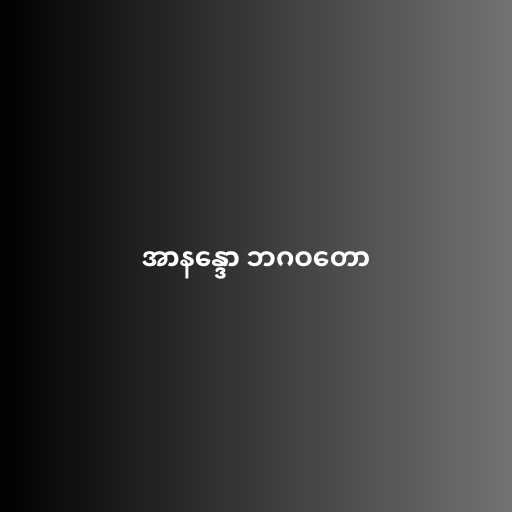
အာနန္ဒော ဘဂဝတော